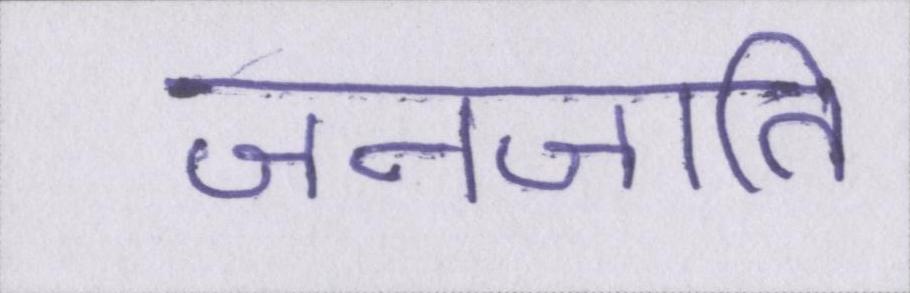
जनजाति